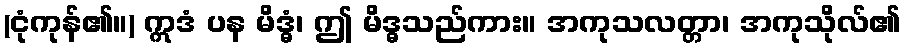
(ငုံကုန်၏။) ဣဒံ ပန မိဒ္ဓံ၊ ဤ မိဒ္ဓသည်ကား။ အကုသလတ္တာ၊ အကုသိုလ်၏